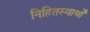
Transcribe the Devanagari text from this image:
निहितस्वार्थों